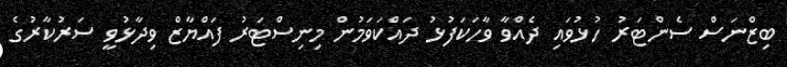
ބިޒްނަސް ސެންޓަރު ހުޅުވައި ދެއްވާ ވާހަކަފުޅު ދައްކަވަމުން މިނިސްޓަރު ފައްޔާޒް ވިދާޅުވީ ސަރުކާރުގެ